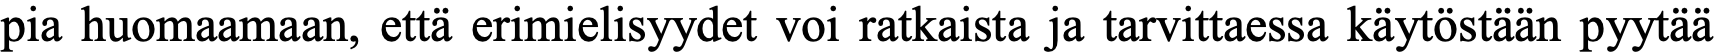
pia huomaamaan, että erimielisyydet voi ratkaista ja tarvittaessa käytöstään pyytää